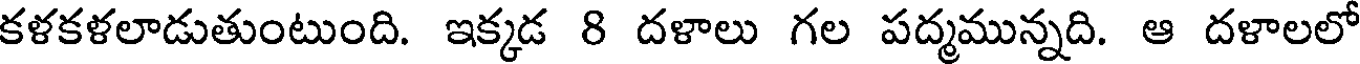
కళకళలాడుతుంటుంది. ఇక్కడ 8 దళాలు గల పద్మమున్నది. ఆ దళాలలో